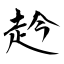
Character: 赺